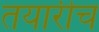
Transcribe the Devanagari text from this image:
तयारीच